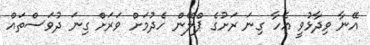
އޭނާ ވިދާޅުވީ އެހާ ގިނަ ރަށުގެ ޕްލޭން ހެދުމަށް ވަރަށް ގިނަ ދުވަސްތައް